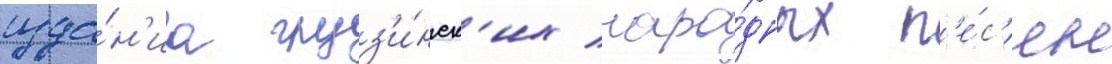
изда́н'иа груз'и́нск'их наро́дных п'е́с'ен